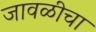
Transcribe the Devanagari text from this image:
जावळीचा